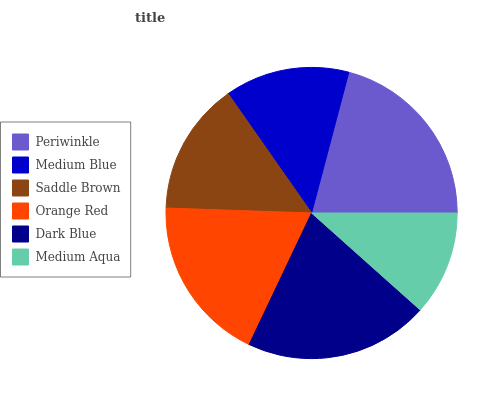
| Periwinkle | Medium Blue | Saddle Brown | Orange Red | Dark Blue | Medium Aqua |
 | --- | --- | --- | --- | --- | --- |
 | 20.8% | 13.8% | 14.7% | 18.5% | 20.5% | 11.6% |